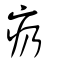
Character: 疓